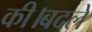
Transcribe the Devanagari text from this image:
की।बदले